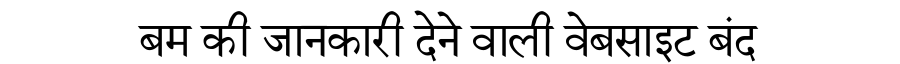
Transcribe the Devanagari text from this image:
बम की जानकारी देने वाली वेबसाइट बंद